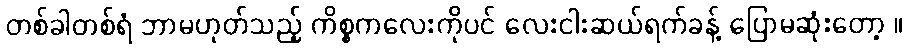
တစ်ခါတစ်ရံ ဘာမဟုတ်သည့် ကိစ္စကလေးကိုပင် လေးငါးဆယ်ရက်ခန့် ပြောမဆုံးတော့ ။